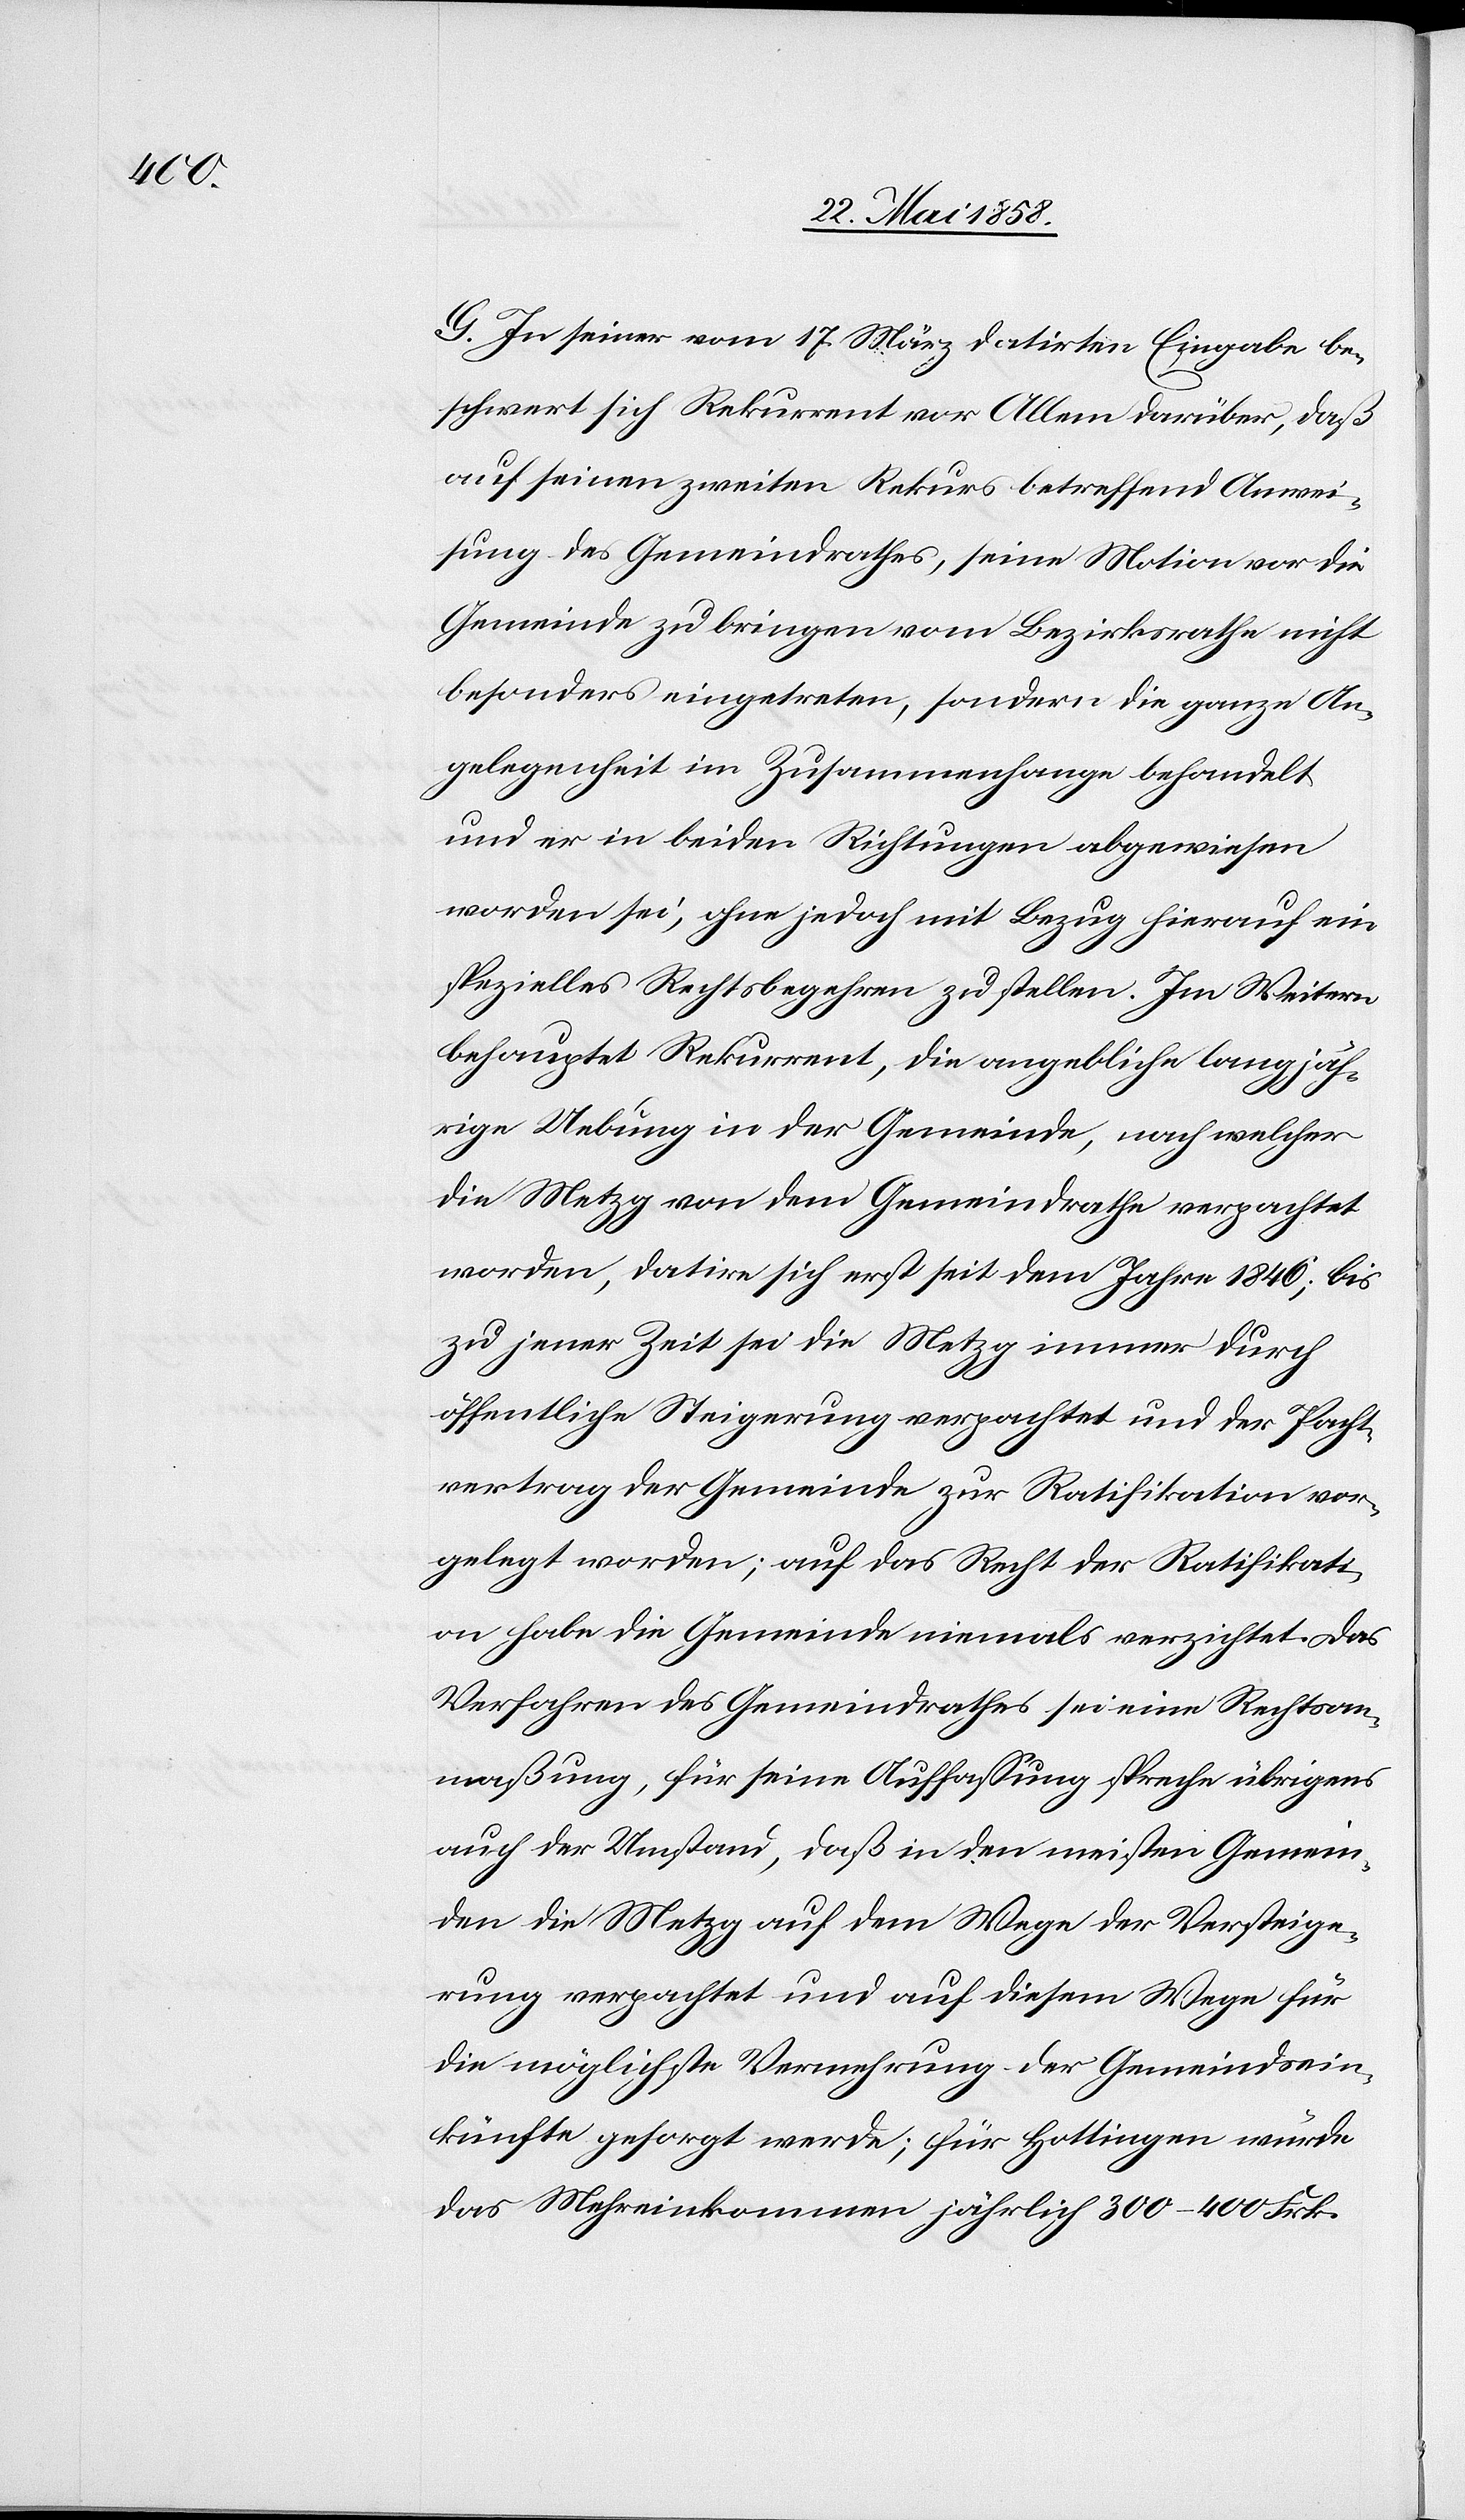
G. In seiner vom 17. März datirten Eingabe be¬
schwert sich Rekurrent vor Allem darüber, daß
auf seinen zweiten Rekurs betreffend Anwei¬
sung des Gemeindrathes, seine Motion vor die
Gemeinde zu bringen vom Bezirksrathe nicht
besonders eingetreten, sondern die ganze An¬
gelegenheit im Zusammenhange behandelt
und er in beiden Richtungen abgewiesen
worden sei, ohne jedoch mit Bezug hierauf ein
spezielles Rechtsbegehren zu stellen. Im Weitern
behauptet Rekurrent, die angebliche langjäh¬
rige Uebung in der Gemeinde, nach welcher
die Metzg von dem Gemeindrathe verpachtet
worden, datire sich erst seit dem Jahre 1846; bis
zu jener Zeit sei die Metzg immer durch
öffentliche Steigerung verpachtet und der Pacht¬
vertrag der Gemeinde zur Ratifikation vor¬
gelegt worden; auf das Recht der Ratifikati¬
on habe die Gemeinde niemals verzichtet. Das
Verfahren des Gemeindrathes sei eine Rechtsan¬
maßung, für seine Auffassung spreche übrigens
auch der Umstand, daß in den meisten Gemein¬
den die Metzg auf dem Wege der Versteige¬
rung verpachtet und auf diesem Wege für
die möglichste Vermehrung der Gemeindein¬
künfte gesorgt werde; für Hottingen würde
das Mehreinkommen jährlich 300–400 Frk.